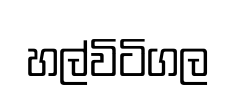
හල්විටිගල